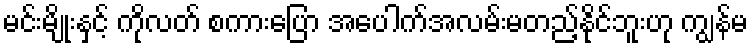
မင်းမျိုးနှင့် ကိုလတ် စကားပြော အပေါက်အလမ်းမတည့်နိုင်ဘူးဟု ကျွန်မ